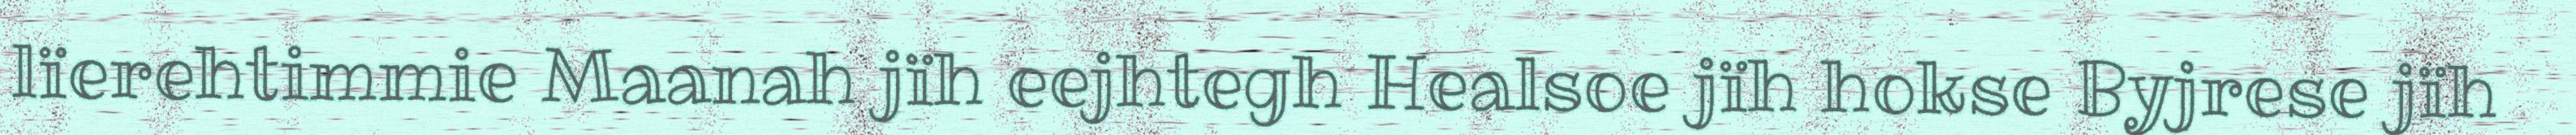
lïerehtimmie Maanah jïh eejhtegh Healsoe jïh hokse Byjrese jïh